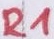
Text: R1